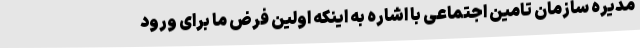
مدیره سازمان تامین اجتماعی با اشاره به اینکه اولین فرض ما برای ورود